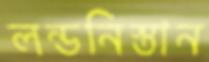
লন্ডনিস্তান